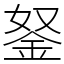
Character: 𨥬